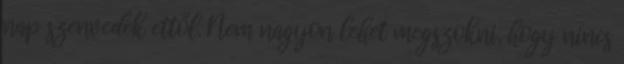
nap szenvedek ettől. Nem nagyon lehet megszokni, hogy nincs